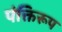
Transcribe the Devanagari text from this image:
पंक्तिरूप